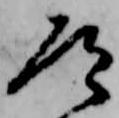
道